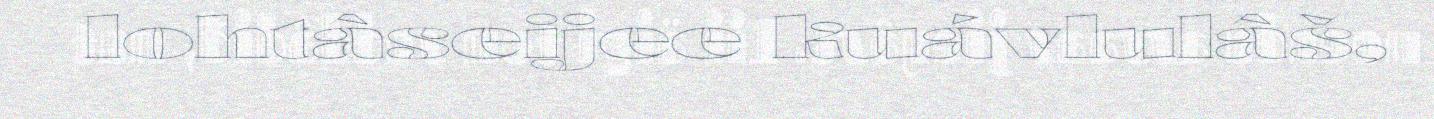
lohtâseijee kuávlulâš,